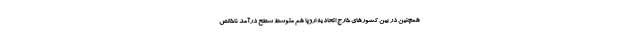
همچنین در بین کشورهای خارج اتحادیه اروپا هم متوسط سطح درآمد ناخالص